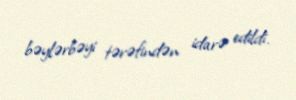
bəylərbəyi tərəfindən idarə edildi.